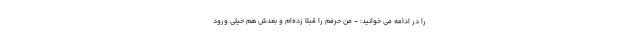
را در ادامه می خوانید: - من حرفم را قبلا زده‌ام و بعدش هم خیلی ورود